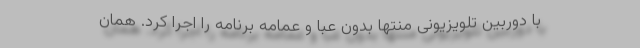
با دوربین تلویزیونی منتها بدون عبا و عمامه برنامه را اجرا کرد. همان